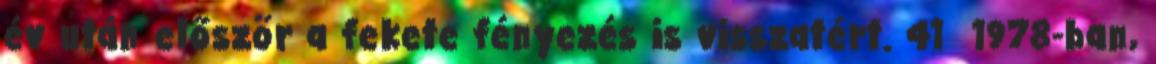
év után először a fekete fényezés is visszatért. 41 1978-ban,